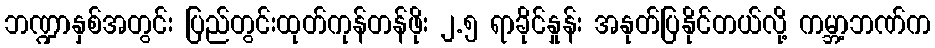
ဘဏ္ဍာနှစ်အတွင်း ပြည်တွင်းထုတ်ကုန်တန်ဖိုး ၂.၅ ရာခိုင်နှုန်း အနုတ်ပြနိုင်တယ်လို့ ကမ္ဘာ့ဘဏ်က